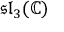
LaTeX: { \mathfrak { s l } } _ { 3 } ( \mathbb { C } )